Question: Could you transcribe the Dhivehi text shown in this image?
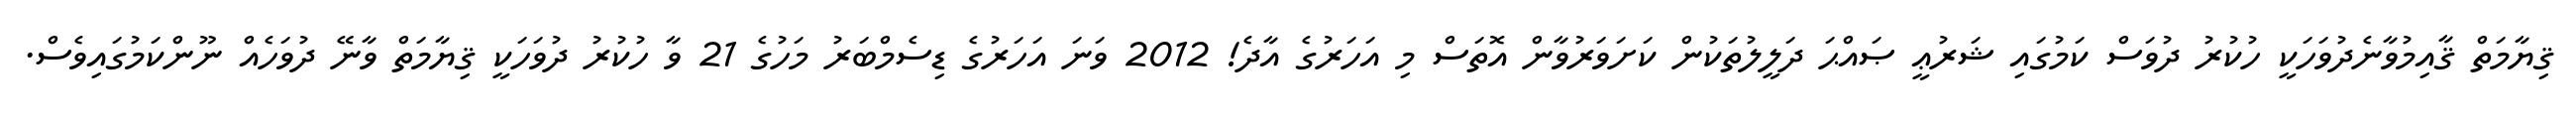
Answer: ޤިޔާމަތް ޤާއިމުވާނެދުވަހަކީ ހުކުރު ދުވަސް ކަމުގައި ޝަރުޢީ ޞައްޙަ ދަލީލުތަކުން ކަށަވަރުވާން އޮތަސް މި އަހަރުގެ އާދެ! 2012 ވަނަ އަހަރުގެ ޑިސެމްބަރު މަހުގެ 21 ވާ ހުކުރު ދުވަހަކީ ޤިޔާމަތް ވާނޭ ދުވަހެއް ނޫންކަމުގައިވެސް.